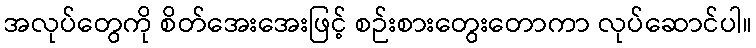
အလုပ်တွေကို စိတ်အေးအေးဖြင့် စဉ်းစားတွေးတောကာ လုပ်ဆောင်ပါ။